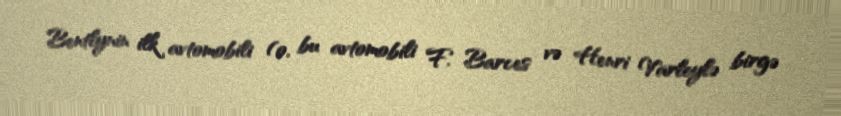
Bentlynin ilk avtomobili (o, bu avtomobili F. Barces və Henri Varleylə birgə